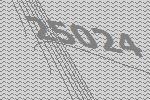
25024